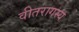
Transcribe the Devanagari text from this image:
वीतरागस्य